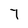
Character: 7